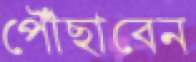
পৌঁছাবেন